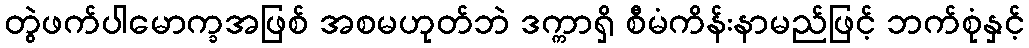
တွဲဖက်ပါမောက္ခအဖြစ် အစမဟုတ်ဘဲ ဒက္ကာရှိ စီမံကိန်းနာမည်ဖြင့် ဘက်စုံနှင့်